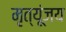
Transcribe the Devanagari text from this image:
मृत्यूंजय